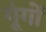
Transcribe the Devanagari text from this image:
गूंगों